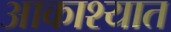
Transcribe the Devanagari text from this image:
आकाश्यात